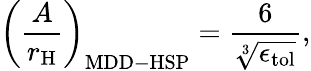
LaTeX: \left(\frac{A}{r_{\mathrm{{H}}}}\right)_{\mathrm{{MDD-HSP}}}=\frac{6}{\sqrt[3]{\epsilon_{\mathrm{{tol}}}}},